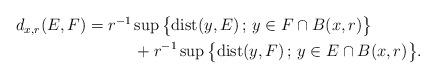
LaTeX: \begin{align*}\begin{aligned}d_{x,r}(E,F) &= r^{-1} \sup\big\{ {\rm dist}(y,E) \, ; \, y\in F \cap B(x,r) \big\}\cr& \hskip 1.2cm + r^{-1} \sup\big\{ {\rm dist}(y,F) \, ; \, y\in E \cap B(x,r) \big\}.\end{aligned}\end{align*}